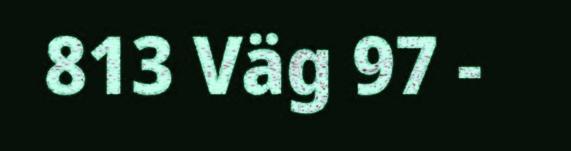
813 Väg 97 -